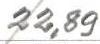
22,89